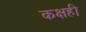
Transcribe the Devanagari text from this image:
कक्षही